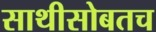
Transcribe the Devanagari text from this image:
साथीसोबतच